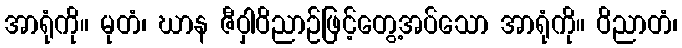
အာရုံကို။ မုတံ၊ ဃာန ဇီဝှါဝိညာဉ်ဖြင့်တွေ့အပ်သော အာရုံကို။ ဝိညာတံ၊